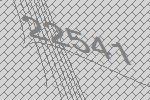
22541